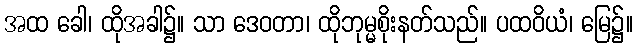
အထ ခေါ၊ ထိုအခါ၌။ သာ ဒေဝတာ၊ ထိုဘုမ္မစိုးနတ်သည်။ ပထဝိယံ၊ မြေ၌။